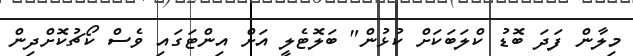
މިލާން ފަދަ ބޮޑު ކްލަބަކަށް ކުޅުން" ބަލޮޓެލީ އަށް އިންޓަގައި ވެސް ކޯޗުކޮށްދިން